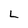
Character: L